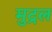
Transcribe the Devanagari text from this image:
मुद्रल